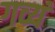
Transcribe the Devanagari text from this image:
गव्यं